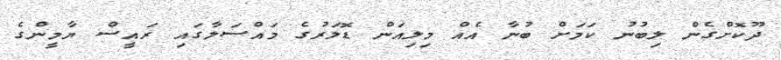
ދޫކޮށްގެން ލިބުނު ކަމަށް ބުނާ އެއް މިލިއަން ޑޮލަރުގެ މައްސަލާގައި ރައީސް ޔާމީންގެ